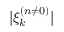
| \xi _ { k } ^ { ( n \neq 0 ) } |